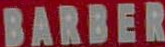
BARBER